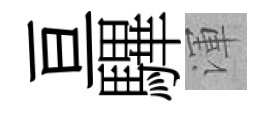
亘驆渾